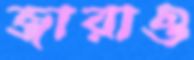
জারাও